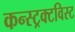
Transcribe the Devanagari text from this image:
कन्स्ट्रक्टविस्ट